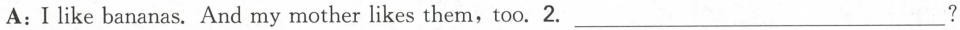
A:Ilike bananas. And my mother likes them,too.2. ___?